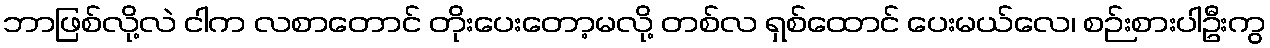
ဘာဖြစ်လို့လဲ ငါက လစာတောင် တိုးပေးတော့မလို့ တစ်လ ရှစ်ထောင် ပေးမယ်လေ၊ စဉ်းစားပါဦးကွ